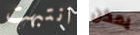
انتبهت يمكن